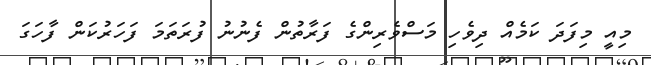
މިއީ މިފަދަ ކަމެއް ދިވެހި މަސްވެރިންގެ ފަރާތުން ފެނުނު ފުރަތަމަ ފަހަރުކަން ފާހަގަ